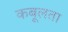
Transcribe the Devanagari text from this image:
कबूलता